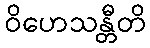
ဝိဟေသန္တီတိ